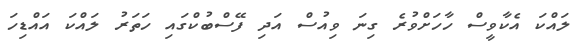
ލައްކަ އެކާވީސް ހާހަށްވުރެ ގިނަ ވިއުސް އަދި ފޭސްބުކްގައި ހަތަރު ލައްކަ އައްޑިހަ